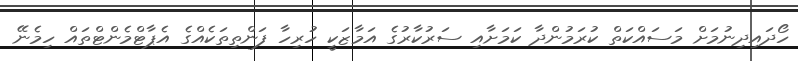
ހޯދައިދިނުމަށް މަސައްކަތް ކުރަމުންދާ ކަމަށާއި ސަރުކާރުގެ އަމާޒަކީ ހުރިހާ ފަންތިތަކެއްގެ އެޕާޓްމެންޓްތައް ހިމެނޭ